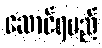
ဆောင်ရမည်